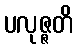
ပလုဇ္ဇတိ